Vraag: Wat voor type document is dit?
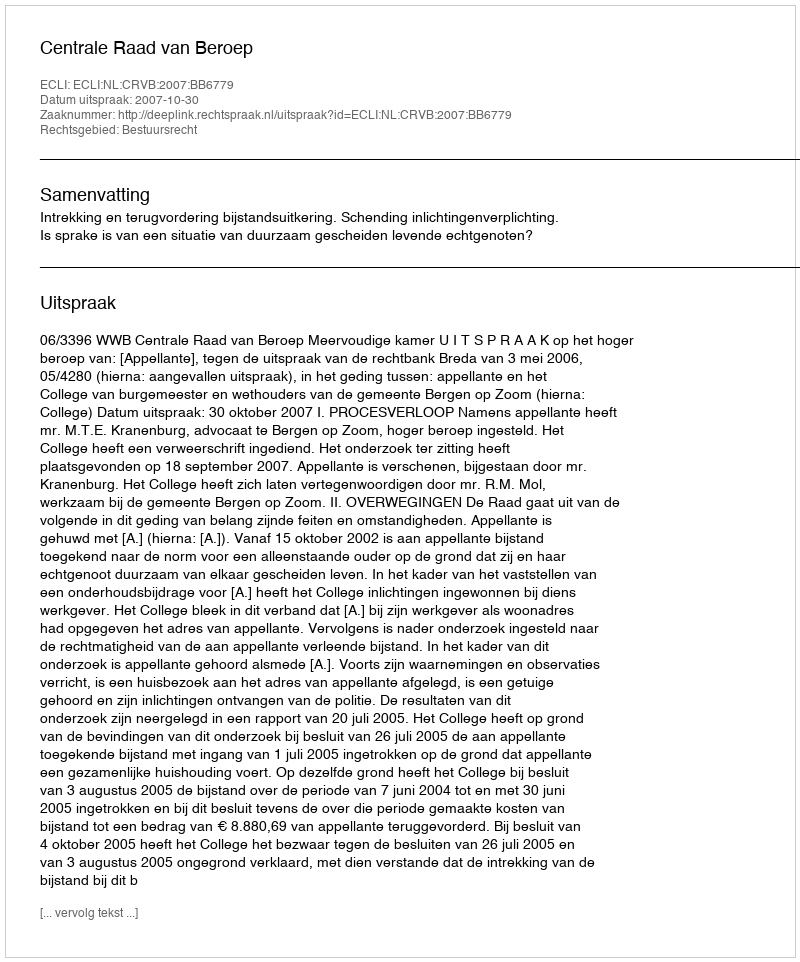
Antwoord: Uitspraak